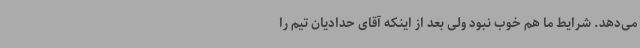
می‌دهد. شرایط ما هم خوب نبود ولی بعد از اینکه آقای حدادیان تیم را